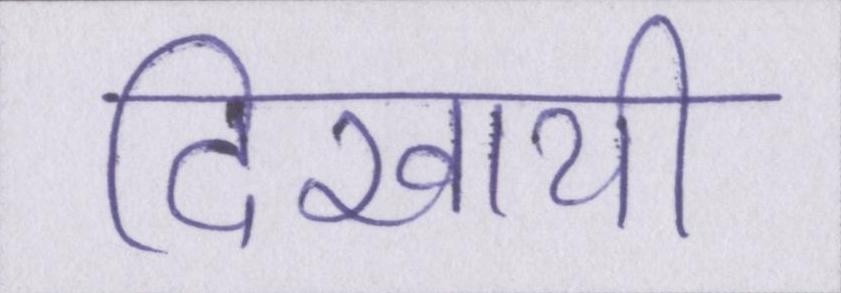
दिखायी